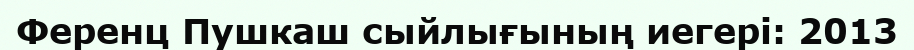
Ференц Пушкаш сыйлығының иегері: 2013